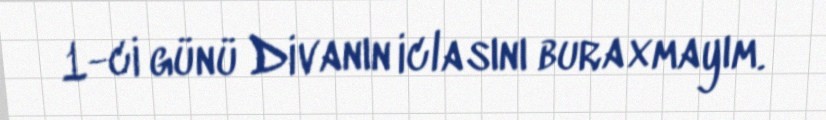
1-ci günü Divanın iclasını buraxmayım.